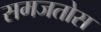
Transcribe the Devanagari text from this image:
समजतोस